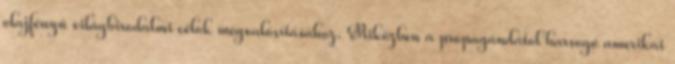
olajfényű világbirodalmi célok megvalósításához. Miközben a propagandától harsogó amerikai